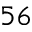
5 6